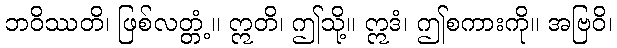
ဘဝိဿတိ၊ ဖြစ်လတ္တံ့။ ဣတိ၊ ဤသို့။ ဣဒံ၊ ဤစကားကို။ အဗြဝိ၊